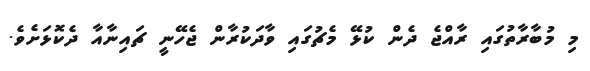
މި މުބާރާތުގައި ރާއްޖެ ދެން ކުޅޭ މެޗުގައި ވާދަކުރާން ޖެހޭނީ ޗައިނާއާ ދެކޮޅަށެވެ.